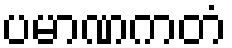
ပမာဏကတံ